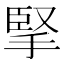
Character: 掔